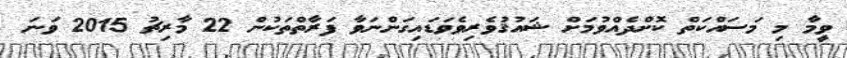
ވީމާ މި މަސައްކަތް ކޮށްދެއްވުމަށް ޝައުޤުވެރިވެވަޑައިގަންނަވާ ފަރާތްތަކުން 22 މާރިޗު 2015 ވަނަ